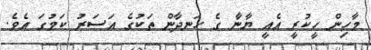
މާހިން ހީކުރީ އެއީ ޔާނާ ގެ ހަނދާން ތަކުގެ އަސަރު ކަމުގަ އެވެ.